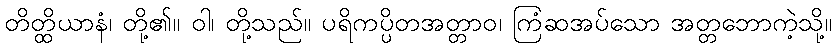
တိတ္ထိယာနံ၊ တို့၏။ ဝါ၊ တို့သည်။ ပရိကပ္ပိတအတ္တာဝ၊ ကြံဆအပ်သော အတ္တဘောကဲ့သို့။